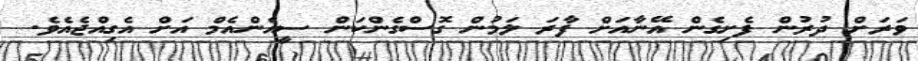
ވަރަށް ދުރުން ފެށިގެން އޭނާއަށް ފާރަ ލަމުން ގޮސްގެންކަން ސީއެންއެމް އަށް އެގިއްޖެއެވެ.